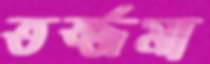
তর্জ্জমা